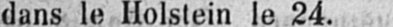
dans le Holstein le 24.